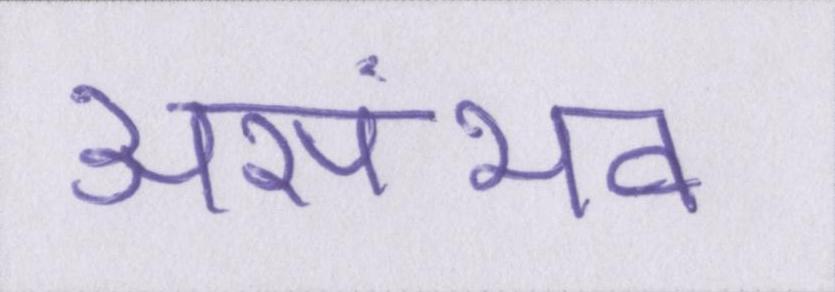
असंभव